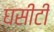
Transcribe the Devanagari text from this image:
घसीटी